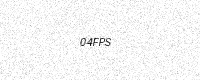
Text: 04FPS